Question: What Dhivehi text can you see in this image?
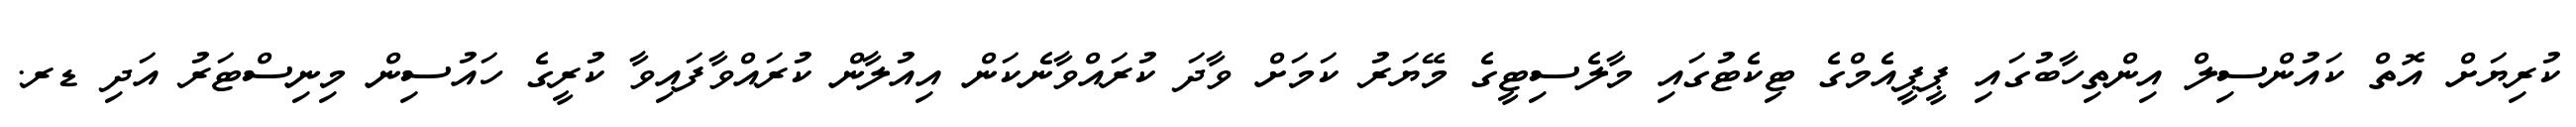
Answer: ކުރިޔަށް އޮތް ކައުންސިލް އިންތިހާބުގައި ޕީޕީއެމްގެ ޓިކެޓުގައި މާލެސިޓީގެ މޭޔަރު ކަމަށް ވާދަ ކުރައްވާނެކަން އިއުލާން ކުރައްވާފައިވާ ކުރީގެ ހައުސިން މިނިސްޓަރު އަދި ޑރ.